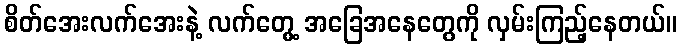
စိတ်အေးလက်အေးနဲ့ လက်တွေ့ အခြေအနေတွေကို လှမ်းကြည့်နေတယ်။